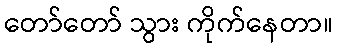
တော်တော် သွား ကိုက်နေတာ။